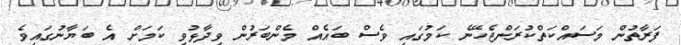
ފަރާތުން މަސައްކަތްކުރަންޖެހޭނެ ކަމުގައި ވެސް ބައެއް މެންބަރުން ވިދާޅުވި ކަމަށް އެ ބަޔާނުގައިވެ